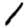
Digit: 1